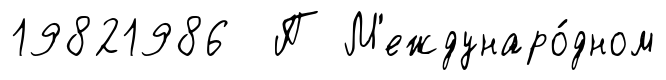
19821986 П М'еждунаро́дном